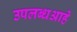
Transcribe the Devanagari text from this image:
उपलब्धआहे